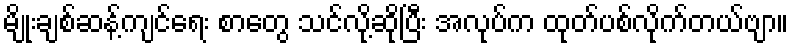
မျိုးချစ်ဆန့်ကျင်ရေး စာတွေ သင်လို့ဆိုပြီး အလုပ်က ထုတ်ပစ်လိုက်တယ်ဗျာ။